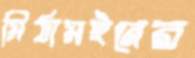
মিঠামইনের